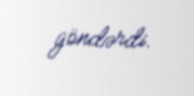
göndərdi.